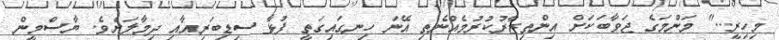
މިހިރީ..." މަންމަގެ ޖަވާބަކަށް އިންތިޒާރުކުރުމެއްނެތި އޭނަ ހިނގައިގަތީ ފުޅާ ސިޑިބަރިއާއި ދިމާލަށެވެ. ޔާސްމީން